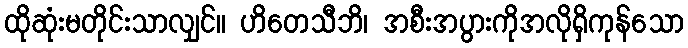
ထိုဆုံးမတိုင်းသာလျှင်။ ဟိတေသီဘိ၊ အစီးအပွားကိုအလိုရှိကုန်သော